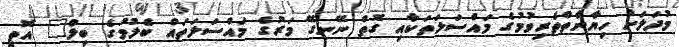
މުދަލަށް ހިޔާނާތްތެރިވުމުގެ މައްސަލަތަކާއި ގޮތް ނޭނގޭ މަރުގެ މައްސަލަތައް ބެލުމުގެ ބިލް" އޮތީ